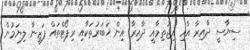
ސިޔާސީ ދާއިރާ އާއި އިޖުތިމާއީ ދާއިރާ އިން ޚަބަރުތަކާއި ރިޕޯޓްތައް ފަޒީނާ ލިޔަމުން